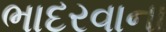
ભાદરવાના